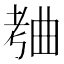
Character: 𬁥